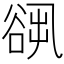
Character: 𧮷